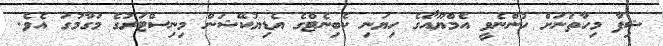
ޝިފާ މިހާތަނަށް ހުންނެވީ އެމްޔޫއޯގެ ހިޔަނި ކެބިނެޓްގެ އެޑިޔުކޭޝަން މިނިސްޓަރުގެ މަގާމުގަ އެވެ.